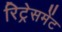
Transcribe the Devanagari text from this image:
रिट्रेसमेंट